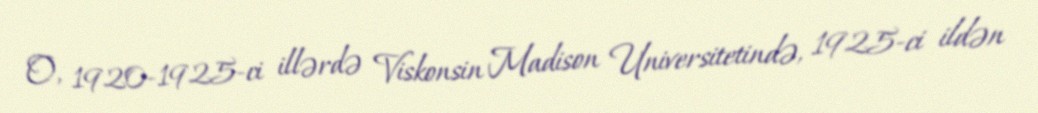
O, 1920-1925-ci illərdə Viskonsin Madison Universitetində, 1925-ci ildən